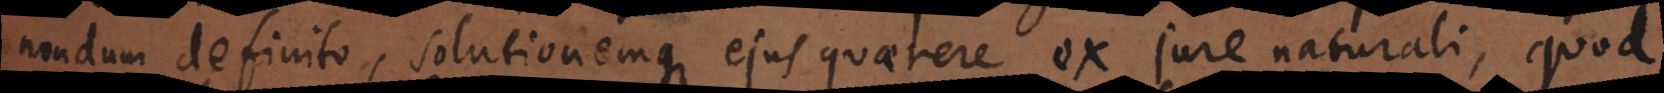
nondum definito, solutionemque ejus quaerere ex jure naturali, quod